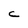
Character: C